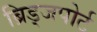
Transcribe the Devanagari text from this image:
ब्रिड्जपोर्ट